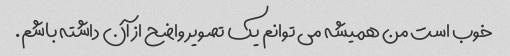
خوب است من همیشه می توانم یک تصویر واضح از آن داشته باشم.